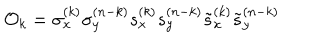
{ \cal O } _ { k } = \sigma _ { x } ^ { ( k ) } \sigma _ { y } ^ { ( n - k ) } s _ { x } ^ { ( k ) } s _ { y } ^ { ( n - k ) } \tilde { s } _ { x } ^ { ( k ) } \tilde { s } _ { y } ^ { ( n - k ) }